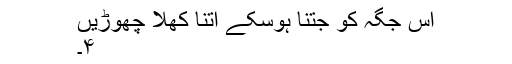
اس جگہ کو جتنا ہوسکے اتنا کھلا چھوڑیں
۴۔